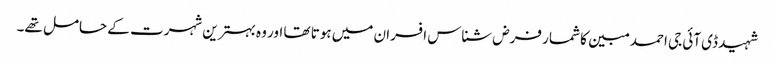
شہید ڈی آئی جی احمد مبین کا شمار فرض شناس افسران میں ہوتا تھا اور وہ بہترین شہرت کے حامل تھے۔